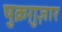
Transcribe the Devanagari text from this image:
षुक्रग़ुज़ार